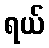
ရယ်